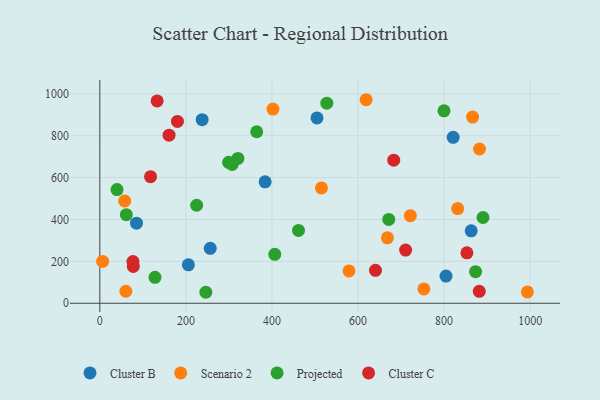
{"axis": {"x": "Experience", "y": "Exam Score"}, "legend": ["Cluster B", "Cluster C", "Projected", "Scenario 2"], "data": [{"x": "504.7", "y": 885.0, "type": "Cluster B"}, {"x": "821.1", "y": 792.4, "type": "Cluster B"}, {"x": "256.6", "y": 262.1, "type": "Cluster B"}, {"x": "384.1", "y": 579.9, "type": "Cluster B"}, {"x": "85.2", "y": 382.3, "type": "Cluster B"}, {"x": "205.8", "y": 183.5, "type": "Cluster B"}, {"x": "863.0", "y": 346.0, "type": "Cluster B"}, {"x": "804.5", "y": 129.9, "type": "Cluster B"}, {"x": "237.8", "y": 876.4, "type": "Cluster B"}, {"x": "579.1", "y": 154.4, "type": "Scenario 2"}, {"x": "618.9", "y": 971.7, "type": "Scenario 2"}, {"x": "753.1", "y": 68.6, "type": "Scenario 2"}, {"x": "866.3", "y": 888.8, "type": "Scenario 2"}, {"x": "882.3", "y": 736.4, "type": "Scenario 2"}, {"x": "57.8", "y": 488.1, "type": "Scenario 2"}, {"x": "515.1", "y": 550.4, "type": "Scenario 2"}, {"x": "6.5", "y": 199.7, "type": "Scenario 2"}, {"x": "402.3", "y": 926.9, "type": "Scenario 2"}, {"x": "721.6", "y": 417.9, "type": "Scenario 2"}, {"x": "993.6", "y": 53.9, "type": "Scenario 2"}, {"x": "60.5", "y": 57.2, "type": "Scenario 2"}, {"x": "668.3", "y": 312.5, "type": "Scenario 2"}, {"x": "831.6", "y": 451.9, "type": "Scenario 2"}, {"x": "890.5", "y": 409.3, "type": "Projected"}, {"x": "406.6", "y": 233.4, "type": "Projected"}, {"x": "671.4", "y": 400.3, "type": "Projected"}, {"x": "307.6", "y": 662.7, "type": "Projected"}, {"x": "246.4", "y": 52.4, "type": "Projected"}, {"x": "225.0", "y": 467.8, "type": "Projected"}, {"x": "873.2", "y": 150.7, "type": "Projected"}, {"x": "320.9", "y": 691.3, "type": "Projected"}, {"x": "364.6", "y": 818.9, "type": "Projected"}, {"x": "461.7", "y": 347.6, "type": "Projected"}, {"x": "299.3", "y": 673.0, "type": "Projected"}, {"x": "40.0", "y": 542.9, "type": "Projected"}, {"x": "61.6", "y": 422.9, "type": "Projected"}, {"x": "527.5", "y": 955.2, "type": "Projected"}, {"x": "799.8", "y": 918.8, "type": "Projected"}, {"x": "128.2", "y": 123.9, "type": "Projected"}, {"x": "160.9", "y": 802.5, "type": "Cluster C"}, {"x": "640.6", "y": 157.2, "type": "Cluster C"}, {"x": "710.7", "y": 253.9, "type": "Cluster C"}, {"x": "77.0", "y": 199.3, "type": "Cluster C"}, {"x": "683.0", "y": 683.1, "type": "Cluster C"}, {"x": "117.9", "y": 604.4, "type": "Cluster C"}, {"x": "133.2", "y": 965.8, "type": "Cluster C"}, {"x": "853.1", "y": 240.9, "type": "Cluster C"}, {"x": "77.8", "y": 175.8, "type": "Cluster C"}, {"x": "180.4", "y": 868.2, "type": "Cluster C"}, {"x": "881.8", "y": 57.0, "type": "Cluster C"}]}